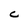
Character: C